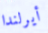
أيرلندا